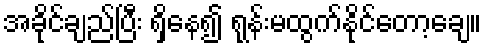
အခိုင်ချည်ပြီး ရှိနေ၍ ရုန်းမထွက်နိုင်တော့ချေ။